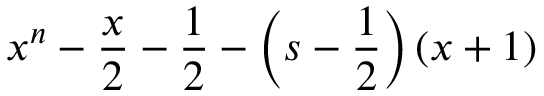
x ^ { n } - { \frac { x } { 2 } } - { \frac { 1 } { 2 } } - \left( s - { \frac { 1 } { 2 } } \right) ( x + 1 )